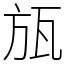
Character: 瓬